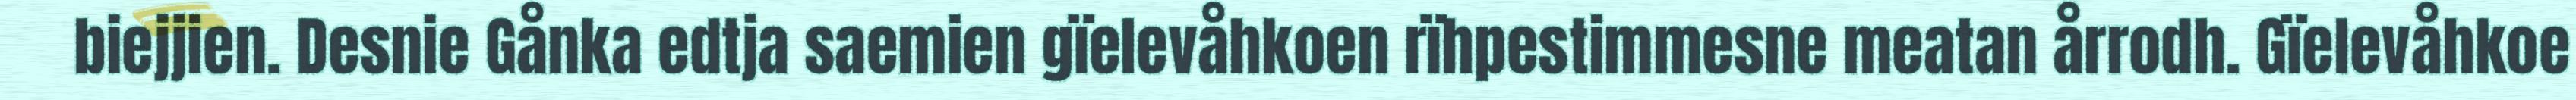
biejjien. Desnie Gånka edtja saemien gïelevåhkoen rïhpestimmesne meatan årrodh. Gïelevåhkoe